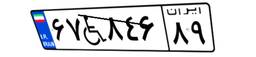
۶۷W۸۴۶۸۹